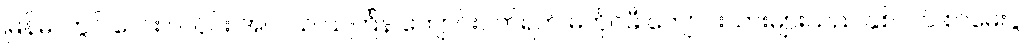
မြန်မာတွင် လေး လပိုင်း အလယ် သင်္ကြန် ကျောင်းပိတ်ရက် မတိုင်မီ ကျောင်းသားများသည် နှစ်ဝက် စာမေးပွဲ